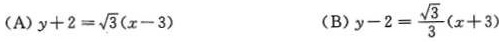
(A) $$y + 2 = \sqrt { 3 } ( x - 3 )$$ (B) $$y - 2 = \frac { \sqrt { 3 } } { 3 } ( x + 3 )$$